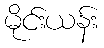
မိုင်းယန်း